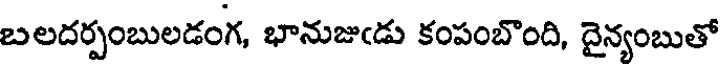
బలదర్పంబులడంగ, భానుజుఁడు కంపంబొంది, దైన్యంబుతో